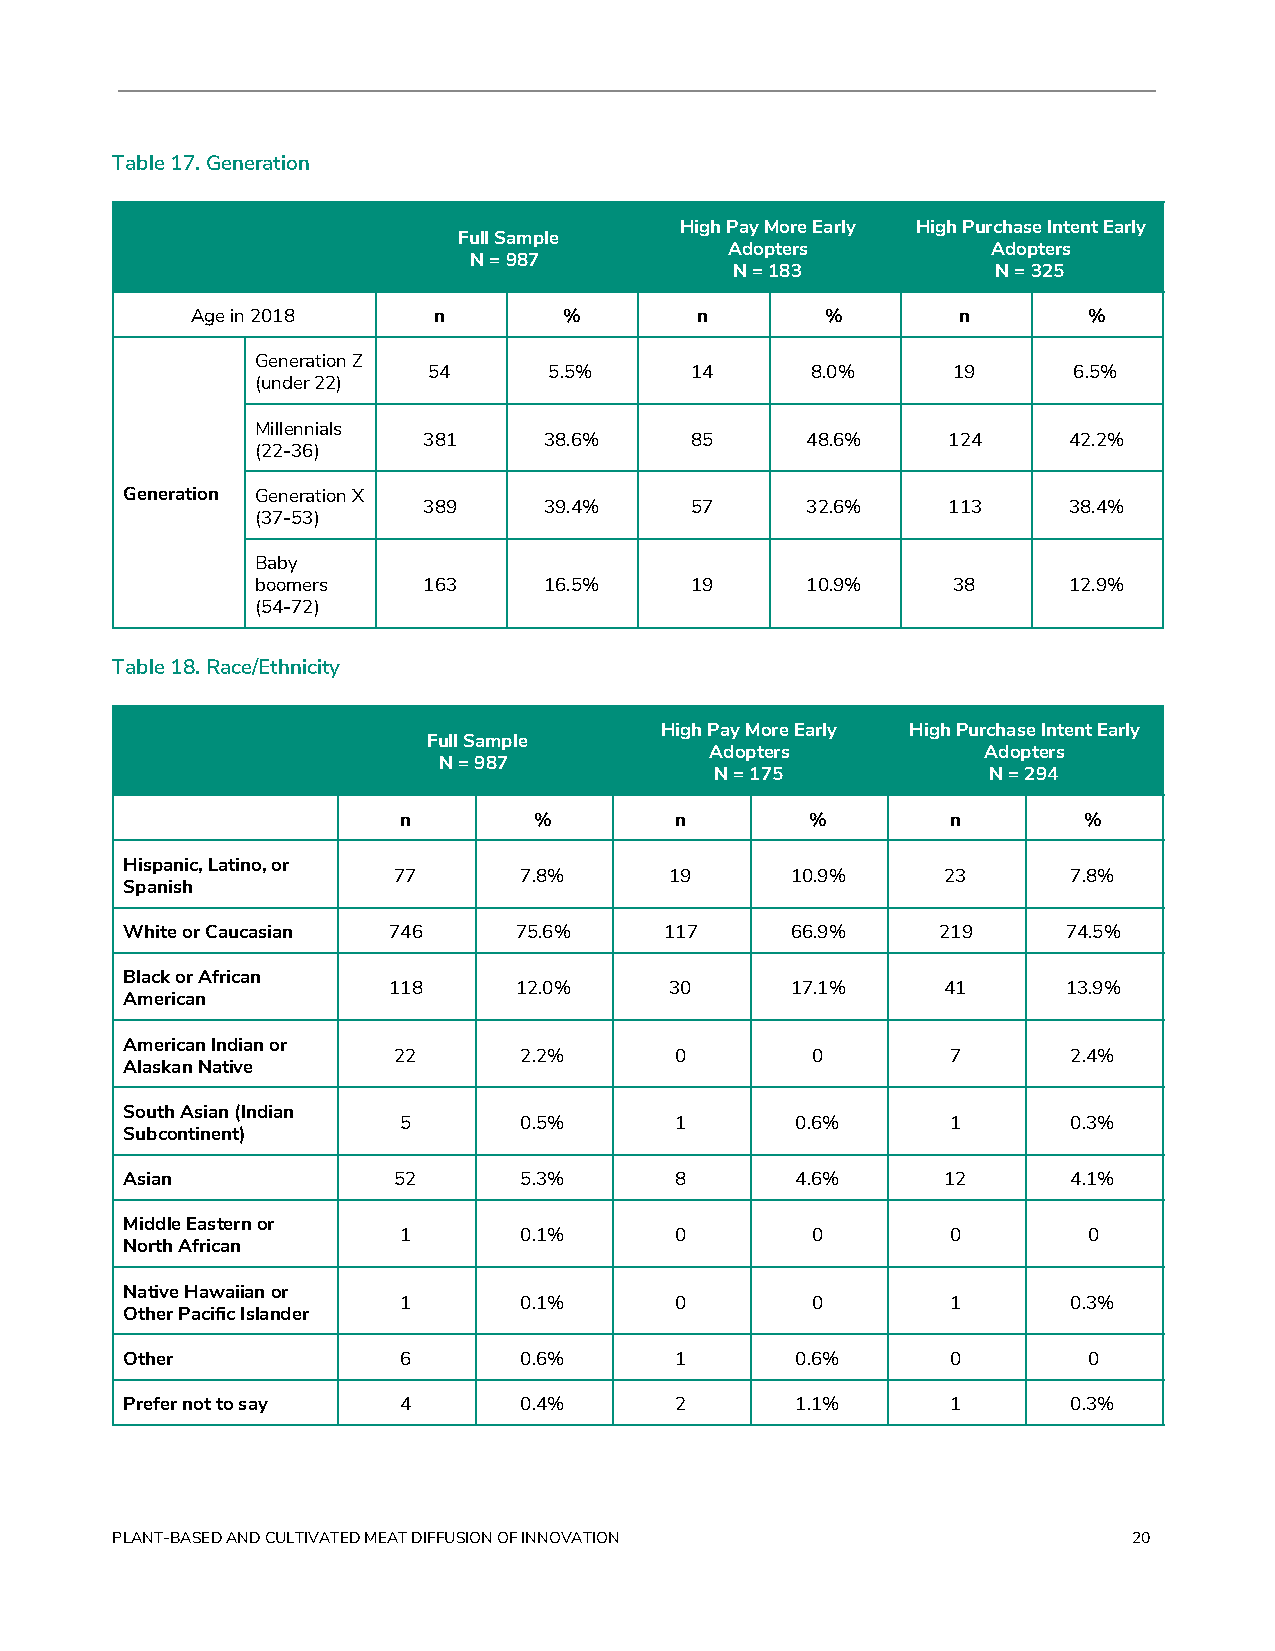
Table 17. Generation
 High Pay More Early High Purchase Intent Early
 Full Sample
 Adopters          Adopters
 N = 987
 N = 183          N = 325
 Age in 2018     n       %        n        %        n       %
 Generation Z
 54      5.5%      14      8.0%     19      6.5%
 (under 22)
 Millennials
 381     38.6%     85     48.6%     124     42.2%
 (22-36)
 Generation Generation X
 389     39.4%     57     32.6%     113     38.4%
 (37-53)
 Baby
 boomers    163     16.5%     19     10.9%     38      12.9%
 (54-72)
 Table 18. Race/Ethnicity
 High Pay More Early High Purchase Intent Early
 Full Sample
 Adopters          Adopters
 N = 987
 N = 175           N = 294
 n        %         n        %        n        %
 Hispanic, Latino, or
 77      7.8%      19      10.9%     23       7.8%
 Spanish
 White or Caucasian 746    75.6%     117     66.9%     219      74.5%
 Black or African
 118     12.0%     30      17.1%     41       13.9%
 American
 American Indian or
 22      2.2%       0        0        7       2.4%
 Alaskan Native
 South Asian (Indian
 5       0.5%       1       0.6%      1       0.3%
 Subcontinent)
 Asian             52      5.3%       8       4.6%     12       4.1%
 Middle Eastern or
 1       0.1%       0        0        0        0
 North African
 Native Hawaiian or
 1       0.1%       0        0        1       0.3%
 Other Pacific Islander
 Other             6       0.6%       1       0.6%      0        0
 Prefer not to say 4       0.4%       2       1.1%      1       0.3%
 PLANT-BASED AND CULTIVATED MEAT DIFFUSION OF INNOVATION             20